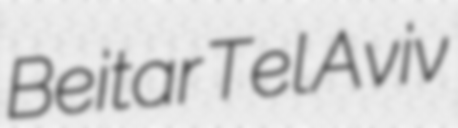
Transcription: Beitar Tel Aviv